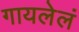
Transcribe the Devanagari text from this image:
गायलेलं